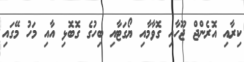
ކިރާއި އޮރެންޖް ޖޫހާއި ގޮވާމާއި ޔޯގަޓާއި ބިހުގެ ގޮބޮޅި އާއި މަހު މޭގައި